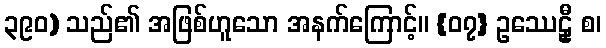
၃၉၀) သည်၏ အဖြစ်ဟူသော အနက်ကြောင့်။ {၀၇} ဥဿေဠှီ စ၊